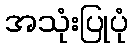
အသုံးပြုပုံ